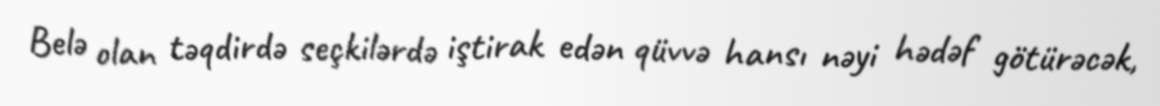
Belə olan təqdirdə seçkilərdə iştirak edən qüvvə hansı nəyi hədəf götürəcək,